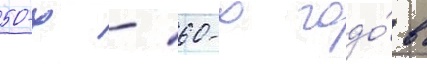
50-х - 60-х годо́в